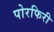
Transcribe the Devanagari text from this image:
पोरफिरी